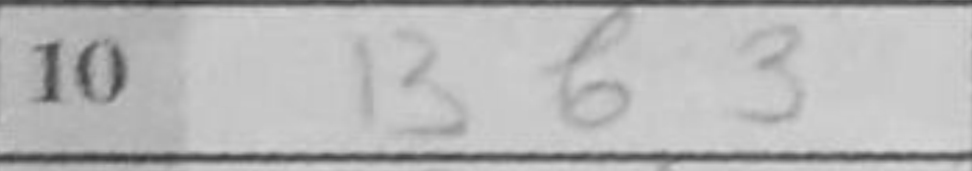
Transcription: Bb3